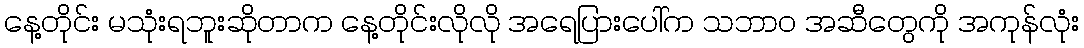
နေ့တိုင်း မသုံးရဘူးဆိုတာက နေ့တိုင်းလိုလို အရေပြားပေါ်က သဘာဝ အဆီတွေကို အကုန်လုံး